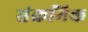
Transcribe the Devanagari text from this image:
संक्रमिक